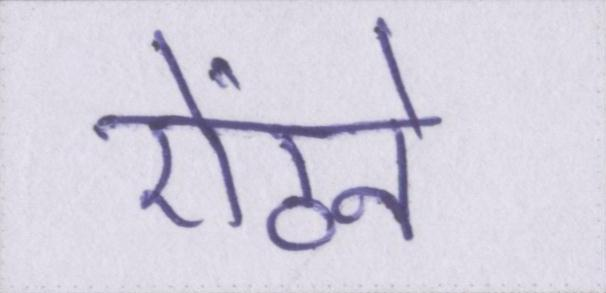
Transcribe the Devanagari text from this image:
ऐंठने